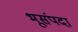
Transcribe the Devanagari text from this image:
भूसंपदा